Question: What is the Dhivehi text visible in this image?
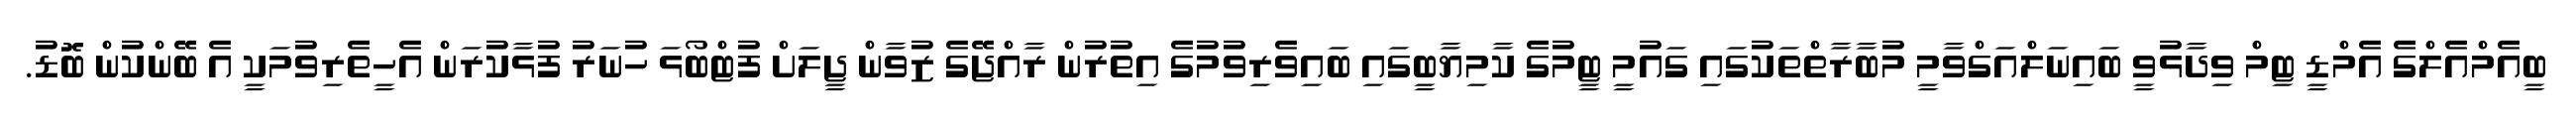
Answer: ބީއެމްއެލްގެ އެމްޑީ ޓިމް ވިދާޅުވީ ބައިނަލްއަގްވާމީ މުބާރާތްތަކުގައި ގައުމީ ޓީމުގެ ކާމިޔާބީގައި ބައިވެރިވުމުގެ އިތުރުން ރާއްޖޭގެ ޒުވާން ޖީލަށް ފުޓްބޯޅަ ހުނަރު ފުޅާކުރަން އެހީތެރިވުމަކީ އެ ބޭންކުން ބޮޑު.